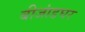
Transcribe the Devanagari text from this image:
बीजांडघर